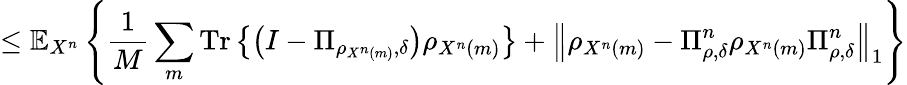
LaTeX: \leq\mathbb{E}_{X^{n}}\left\{ {\frac{1}{M}}\sum_{m}{\mathrm{Tr}}\left\{ \left(I-\Pi_{\rho_{X^{n}\left(m\right)},\delta}\right)\rho_{X^{n}\left(m\right)}\right\} +\left\Vert\rho_{X^{n}\left(m\right)}-\Pi_{\rho,\delta}^{n}\rho_{X^{n}\left(m\right)}\Pi_{\rho,\delta}^{n}\right\Vert_{1}\right\}